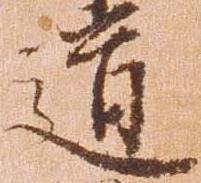
道